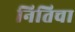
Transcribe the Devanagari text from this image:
नितिचा